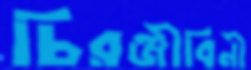
চিরঞ্জীবিনী